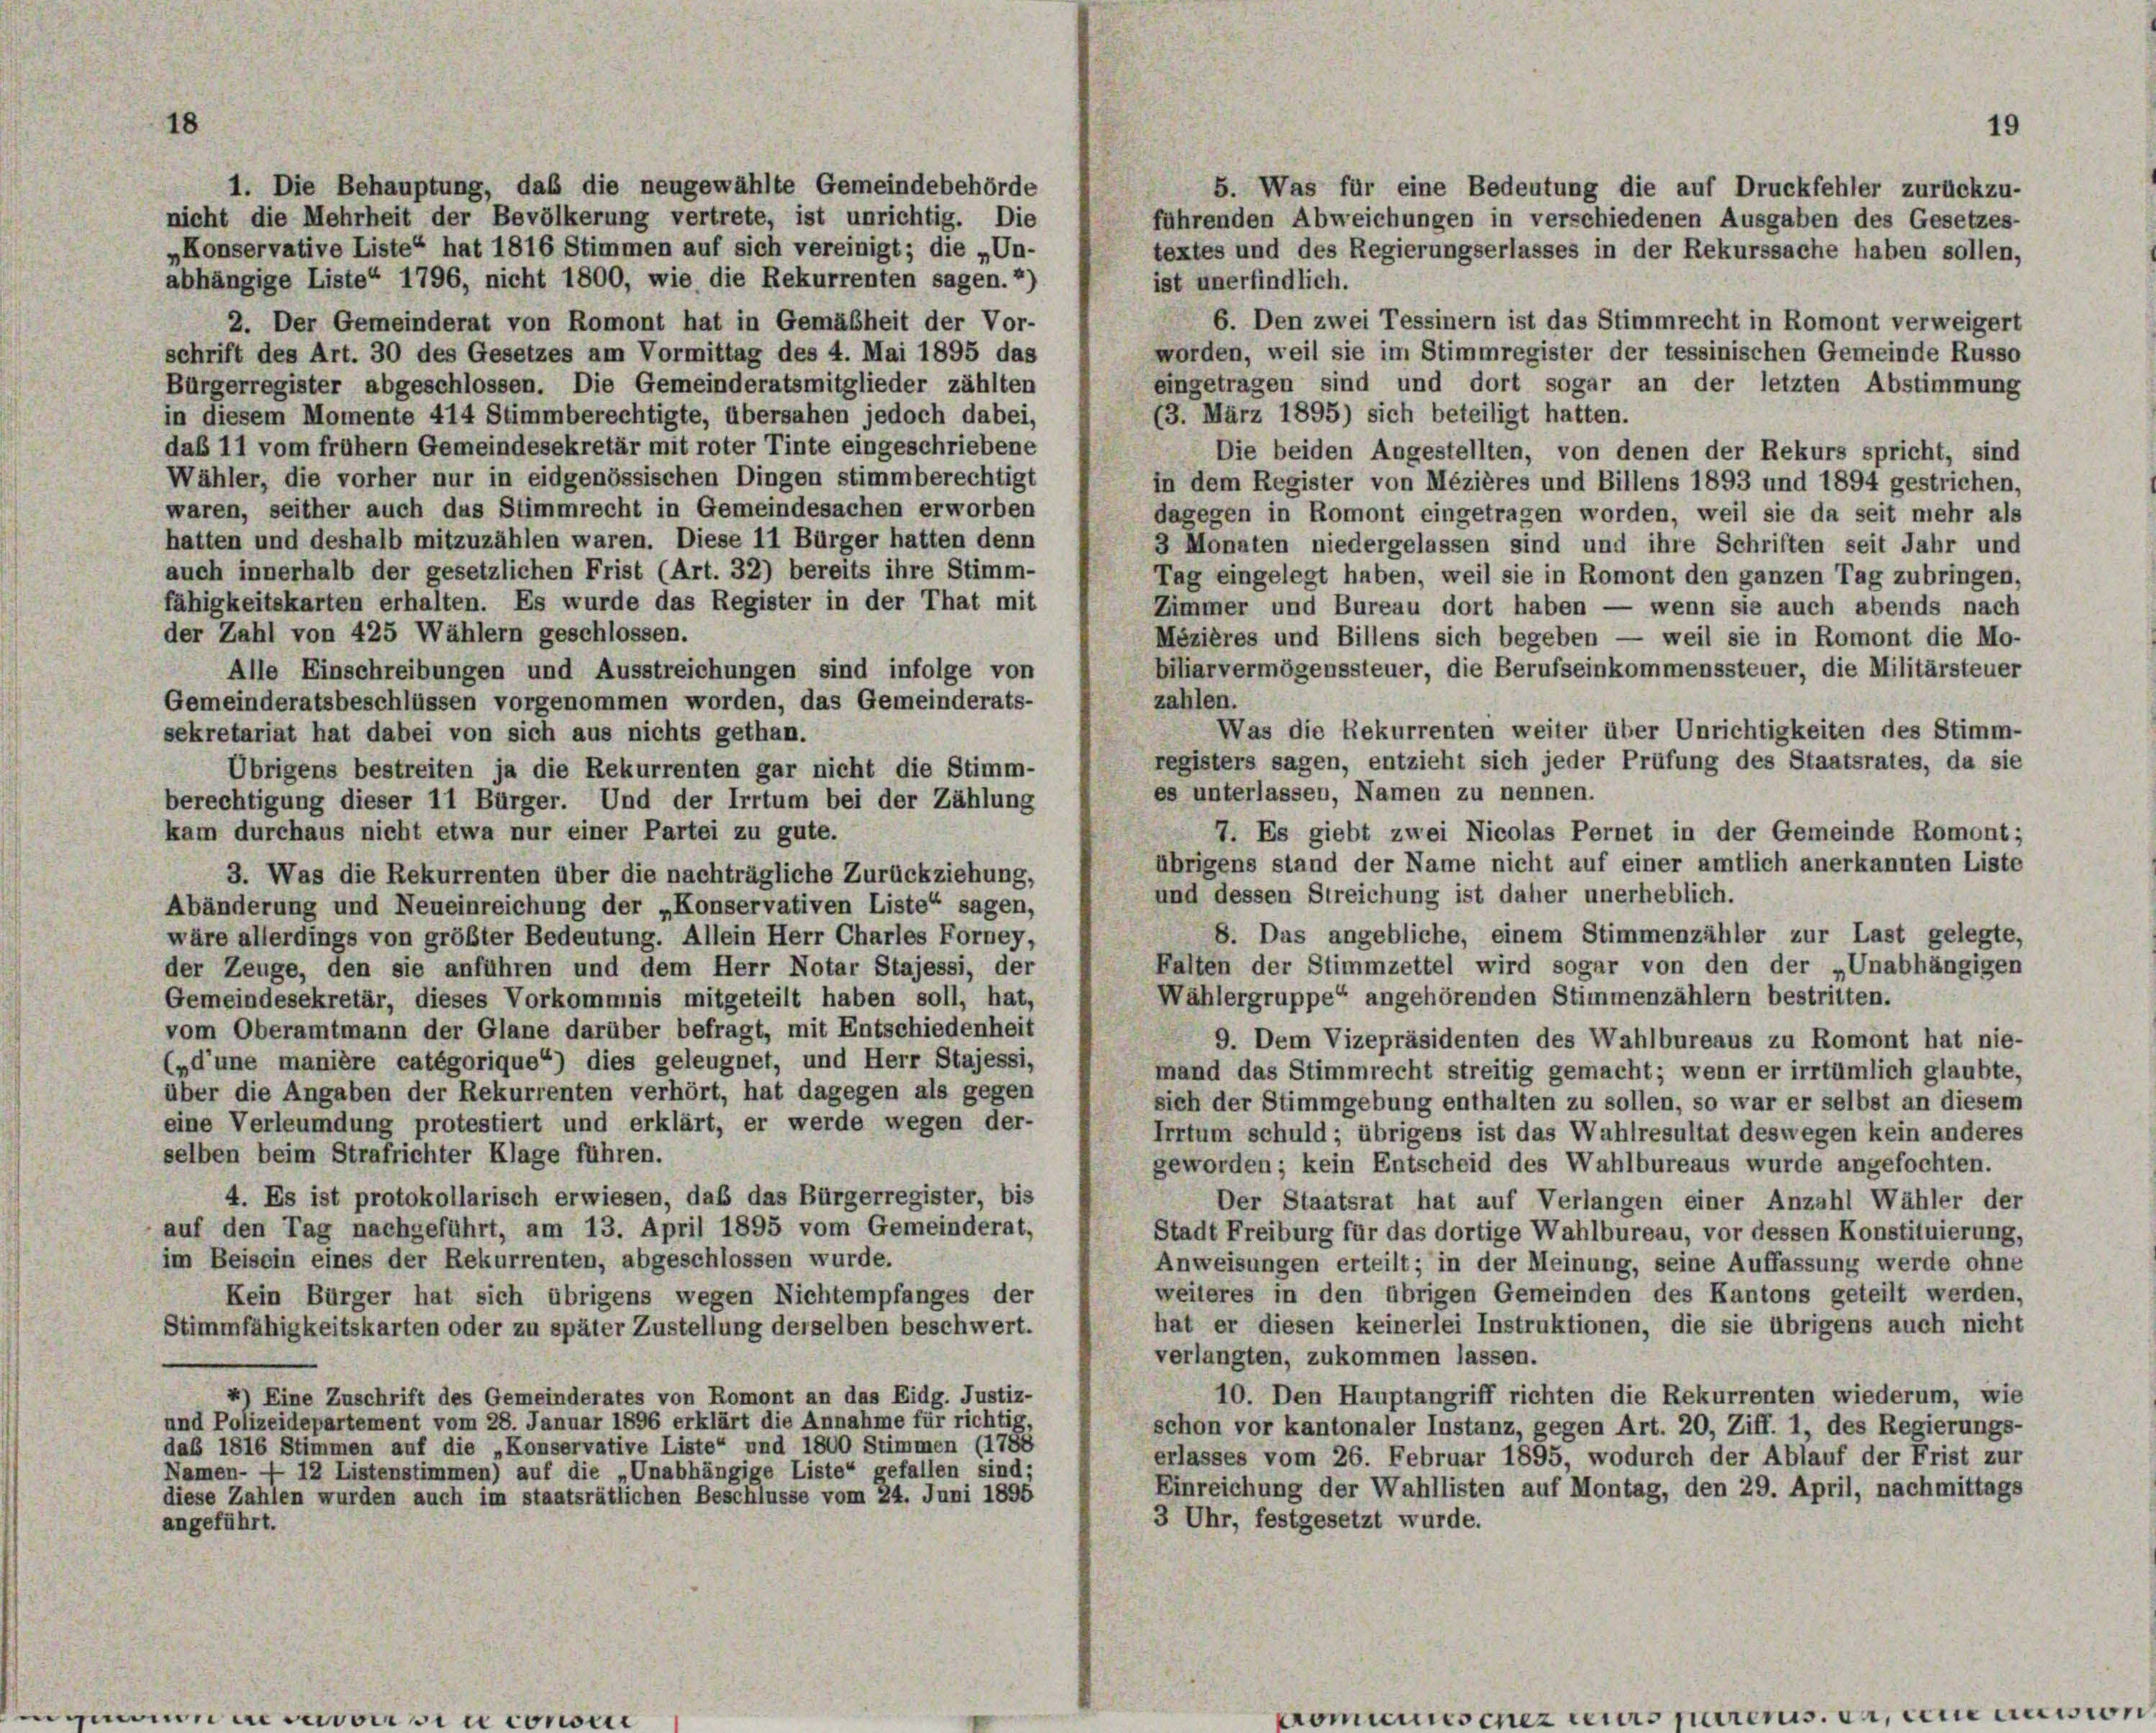
18

1. Die Behauptung, daß die neugewählte Gemeindebehörde
5. Was für eine Bedeutung die auf Druckfehler zurückzu-
nicht die Mehrheit der Bevölkerung vertrete, ist unrichtig. Die
führenden Abweichungen in verschiedenen Ausgaben des Gesetzes-
„Konservative Liste“ hat 1816 Stimmen auf sich vereinigt; die „Un-
textes und des Regierungserlasses in der Rekurssache haben sollen,
abhängige Liste“ 1796, nicht 1800, wie die Rekurrenten sagen.2)
ist unerfindlich.
6. Den zwei Tessinern ist das Stimmrecht in Romont verweigert
2. Der Gemeinderat von Romont hat in Gemäßheit der Vor-
worden, weil sie im Stimmregister der tessinischen Gemeinde Russo
schrift des Art. 30 des Gesetzes am Vormittag des 4. Mai 1895 das
eingetragen sind und dort sogar an der letzten Abstimmung
Bürgerregister abgeschlossen. Die Gemeinderatsmitglieder zählten
(3. März 1895) sich beteiligt hatten.
in diesem Momente 414 Stimmberechtigte, übersahen jedoch dabei,
daß 11 vom frühem Gemeindesekretär mit roter Tinte eingeschriebene
Die beiden Angestellten, von denen der Rekurs spricht, sind
Wähler, die vorher nur in eidgenössischen Dingen stimmberechtigt
in dem Register von Mézières und Billens 1893 und 1894 gestrichen,
waren, seither auch das Stimmrecht in Gemeindesachen erworben
dagegen in Romont eingetragen worden, weil sie da seit mehr als
hatten und deshalb mitzuzählen waren. Diese 11 Bürger hatten denn
3 Monaten niedergelassen sind und ihre Schriften seit Jahr und
auch innerhalb der gesetzlichen Frist (Art. 32) bereits ihre Stimm-
Tag eingelegt haben, weil sie in Romont den ganzen Tag zubringen,
fähigkeitskarten erhalten. Es wurde das Register in der That mit
Zimmer und Bureau dort haben — wenn sie auch abends nach
der Zahl von 425 Wählern geschlossen.
Mézières und Billens sich begeben — weil sie in Romont die Mo-
biliarvermögenssteuer, die Berufseinkommenssteuer, die Militärsteuer
Alle Einschreibungen und Ausstreichungen sind infolge von
zahlen.
Gemeinderatsbeschlüssen vorgenommen worden, das Gemeinderats-
Was die Rekurrenten weiter über Unrichtigkeiten des Stimm-
sekretariat hat dabei von sich aus nichts gethan.
registers sagen, entzieht sich jeder Prüfung des Staatsrates, da sie
Übrigens bestreiten ja die Rekurrenten gar nicht die Stimm-
es unterlassen, Namen zu nennen.
berechtigung dieser 11 Bürger. Und der Irrtum bei der Zählung
7. Es giebt zwei Nicolas Pernet in der Gemeinde Romont;
kam durchaus nicht etwa nur einer Partei zu gute.
übrigens stand der Name nicht auf einer amtlich anerkannten Liste
3. Was die Rekurrenten über die nachträgliche Zurückziehung,
und dessen Streichung ist daher unerheblich.
Abänderung und Neueinreichung der „Konservativen Liste“ sagen,
8. Das angebliche, einem Stimmenzähler zur Last gelegte,
wäre allerdings von größter Bedeutung. Allein Herr Charles Forney,
Falten der Stimmzettel wird sogar von den der „Unabhängigen
der Zeuge, den sie anführen und dem Herr Notar Stajessi, der
Wählergruppe“ angehörenden Stimmenzählern bestritten.
Gemeindesekretär, dieses Vorkommnis mitgeteilt haben soll, hat,
vom Oberamtmann der Glane darüber befragt, mit Entschiedenheit
9. Dem Vizepräsidenten des Wahlbureaus zu Romont hat nie-
(„d’une manière catégorique“) dies geleugnet, und Herr Stajessi,
mand das Stimmrecht streitig gemacht; wenn er irrtümlich glaubte,
über die Angaben der Rekurrenten verhört, hat dagegen als gegen
sich der Stimmgebung enthalten zu sollen, so war er selbst an diesem
eine Verleumdung protestiert und erklärt, er werde wegen der-
Irrtum schuld; übrigens ist das Wahlresultat deswegen kein anderes
selben beim Strafrichter Klage führen.
geworden; kein Entscheid des Wahlbureaus wurde angefochten.
4. Es ist protokollarisch erwiesen, daß das Bürgerregister, bis
Der Staatsrat hat auf Verlangen einer Anzahl Wähler der
auf den Tag nachgeführt, am 13. April 1895 vom Gemeinderat,
Stadt Freiburg für das dortige Wahlbureau, vor dessen Konstituierung,
im Beisein eines der Rekurrenten, abgeschlossen wurde.
Anweisungen erteilt; in der Meinung, seine Auffassung werde ohne
weiteres in den übrigen Gemeinden des Kantons geteilt werden,
Kein Bürger hat sich übrigens wegen Nichtempfanges der
hat er diesen keinerlei Instruktionen, die sie übrigens auch nicht
Stimmfähigkeitskarten oder zu später Zustellung derselben beschwert.
verlangten, zukommen lassen.
10. Den Hauptangriff richten die Rekurrenten wiederum, wie
4) Eine Zuschrift des Gemeinderates von Romont an das Eidg. Justiz-
und Polizeidepartement vom 28. Januar 1896 erklärt die Annahme für richtig
schon vor kantonaler Instanz, gegen Art. 20, Ziff. 1, des Regierungs-
das 1816 Stimmen auf die „Konservative Liste“ und 1800 Stimmen (1788
erlasses vom 26. Februar 1895, wodurch der Ablauf der Frist zur
Namen- — 12 Listenstimmen) auf die „Unabhängige Liste“ gefallen sind;
Einreichung der Wahllisten auf Montag, den 29. April, nachmittags
diese Zahlen wurden auch im staatsrätlichen Beschlüsse vom 24. Juni 1895
3 Uhr, festgesetzt wurde.
angeführt.

19